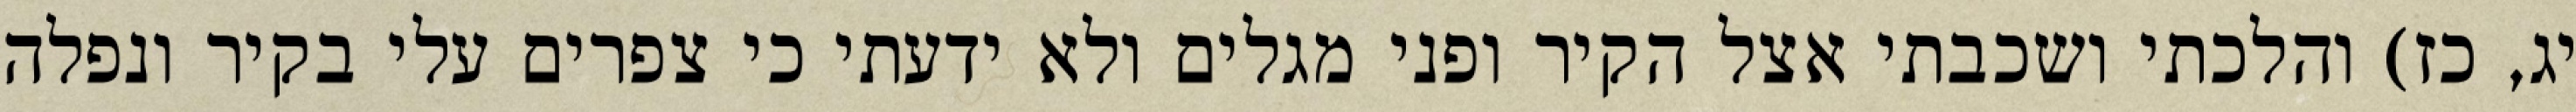
יג, כז) והלכתי ושכבתי אצל הקיר ופני מגלים ולא ידעתי כי צפרים עלי בקיר‏ ונפלה